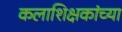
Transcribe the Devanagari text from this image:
कलाशिक्षकांच्या